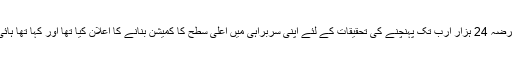
یادرہے وزیراعظم عمران خان نے بجٹ کے بعد قوم سے خطاب کرتے ہوئے کہا 10 سال میں قرضہ 24 ہزار ارب تک پہنچنے کی تحقیقات کے لئے اپنی سربراہی میں اعلیٰ سطح کا کمیشن بنانے کا اعلان کیا تھا اور کہا تھا ہائی پاورڈ کمیشن میں آئی ایس آئی، ایف آئی اے، نیب، ایف بی آر اور ایس ای سی پی شامل ہوں گے۔